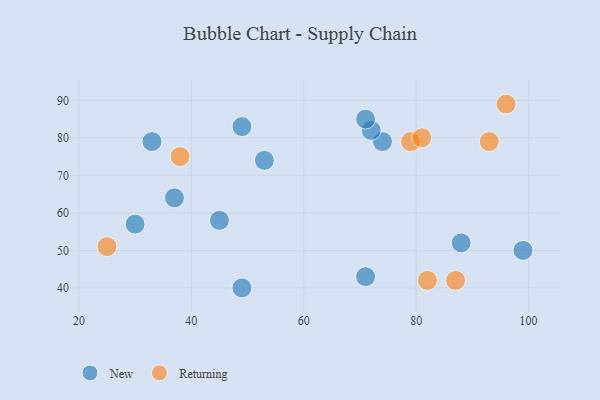
{"axis": {"x": "GDP", "y": "Life Expectancy"}, "legend": ["New", "Returning"], "data": [{"x": "53", "y": 74, "type": "New"}, {"x": "30", "y": 57, "type": "New"}, {"x": "49", "y": 40, "type": "New"}, {"x": "37", "y": 64, "type": "New"}, {"x": "74", "y": 79, "type": "New"}, {"x": "72", "y": 82, "type": "New"}, {"x": "88", "y": 52, "type": "New"}, {"x": "33", "y": 79, "type": "New"}, {"x": "71", "y": 85, "type": "New"}, {"x": "71", "y": 43, "type": "New"}, {"x": "45", "y": 58, "type": "New"}, {"x": "99", "y": 50, "type": "New"}, {"x": "49", "y": 83, "type": "New"}, {"x": "93", "y": 79, "type": "Returning"}, {"x": "87", "y": 42, "type": "Returning"}, {"x": "25", "y": 51, "type": "Returning"}, {"x": "79", "y": 79, "type": "Returning"}, {"x": "38", "y": 75, "type": "Returning"}, {"x": "96", "y": 89, "type": "Returning"}, {"x": "82", "y": 42, "type": "Returning"}, {"x": "81", "y": 80, "type": "Returning"}]}